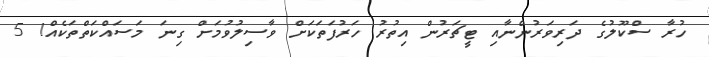
ހުރާ ސްކޫލުގެ ދަރިވަރުންނާއި ޓީޗަރުން އިތުރު ހަރުފަތަކަށް ވާސިލުވުމަށް ގިނަ މަސައްކަތްތަކެއް! 5